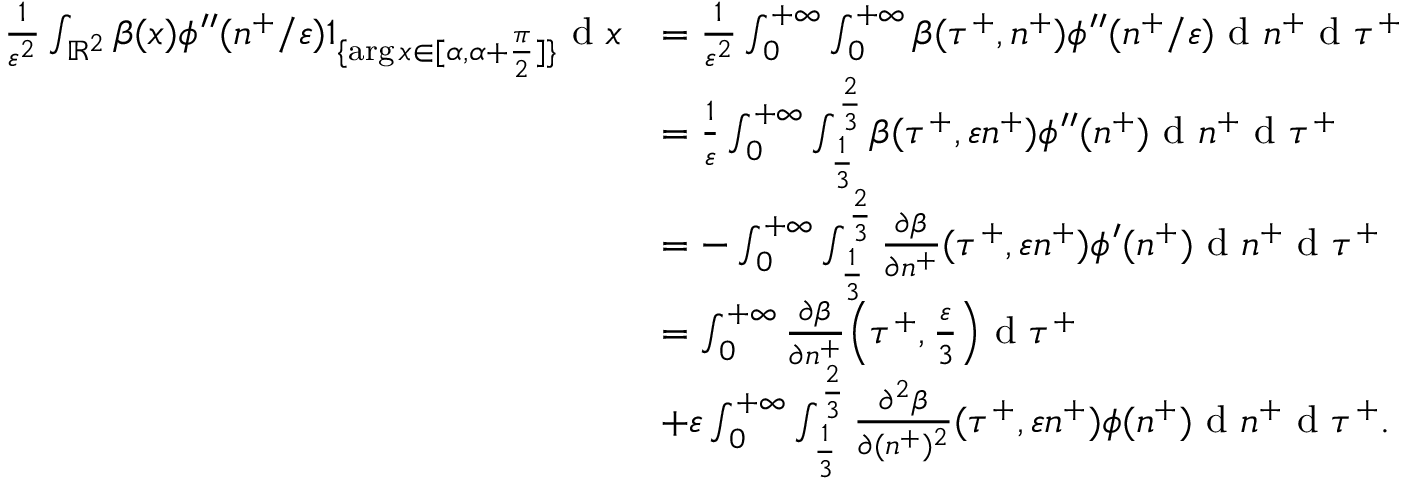
\begin{array} { r l } { \frac { 1 } { \varepsilon ^ { 2 } } \int _ { \mathbb { R } ^ { 2 } } \beta ( x ) \phi ^ { \prime \prime } ( n ^ { + } / \varepsilon ) 1 _ { \{ \arg x \in [ \alpha , \alpha + \frac { \pi } { 2 } ] \} } \textrm { d } x } & { = \frac { 1 } { \varepsilon ^ { 2 } } \int _ { 0 } ^ { + \infty } \int _ { 0 } ^ { + \infty } \beta ( \tau ^ { + } , n ^ { + } ) \phi ^ { \prime \prime } ( n ^ { + } / \varepsilon ) \textrm { d } n ^ { + } \textrm { d } \tau ^ { + } } \\ & { = \frac { 1 } { \varepsilon } \int _ { 0 } ^ { + \infty } \int _ { \frac { 1 } { 3 } } ^ { \frac { 2 } { 3 } } \beta ( \tau ^ { + } , \varepsilon n ^ { + } ) \phi ^ { \prime \prime } ( n ^ { + } ) \textrm { d } n ^ { + } \textrm { d } \tau ^ { + } } \\ & { = - \int _ { 0 } ^ { + \infty } \int _ { \frac { 1 } { 3 } } ^ { \frac { 2 } { 3 } } \frac { \partial \beta } { \partial n ^ { + } } ( \tau ^ { + } , \varepsilon n ^ { + } ) \phi ^ { \prime } ( n ^ { + } ) \textrm { d } n ^ { + } \textrm { d } \tau ^ { + } } \\ & { = \int _ { 0 } ^ { + \infty } \frac { \partial \beta } { \partial n ^ { + } } \Big ( \tau ^ { + } , \frac { \varepsilon } { 3 } \Big ) \textrm { d } \tau ^ { + } } \\ & { + \varepsilon \int _ { 0 } ^ { + \infty } \int _ { \frac { 1 } { 3 } } ^ { \frac { 2 } { 3 } } \frac { \partial ^ { 2 } \beta } { \partial ( n ^ { + } ) ^ { 2 } } ( \tau ^ { + } , \varepsilon n ^ { + } ) \phi ( n ^ { + } ) \textrm { d } n ^ { + } \textrm { d } \tau ^ { + } . } \end{array}